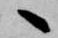
へ